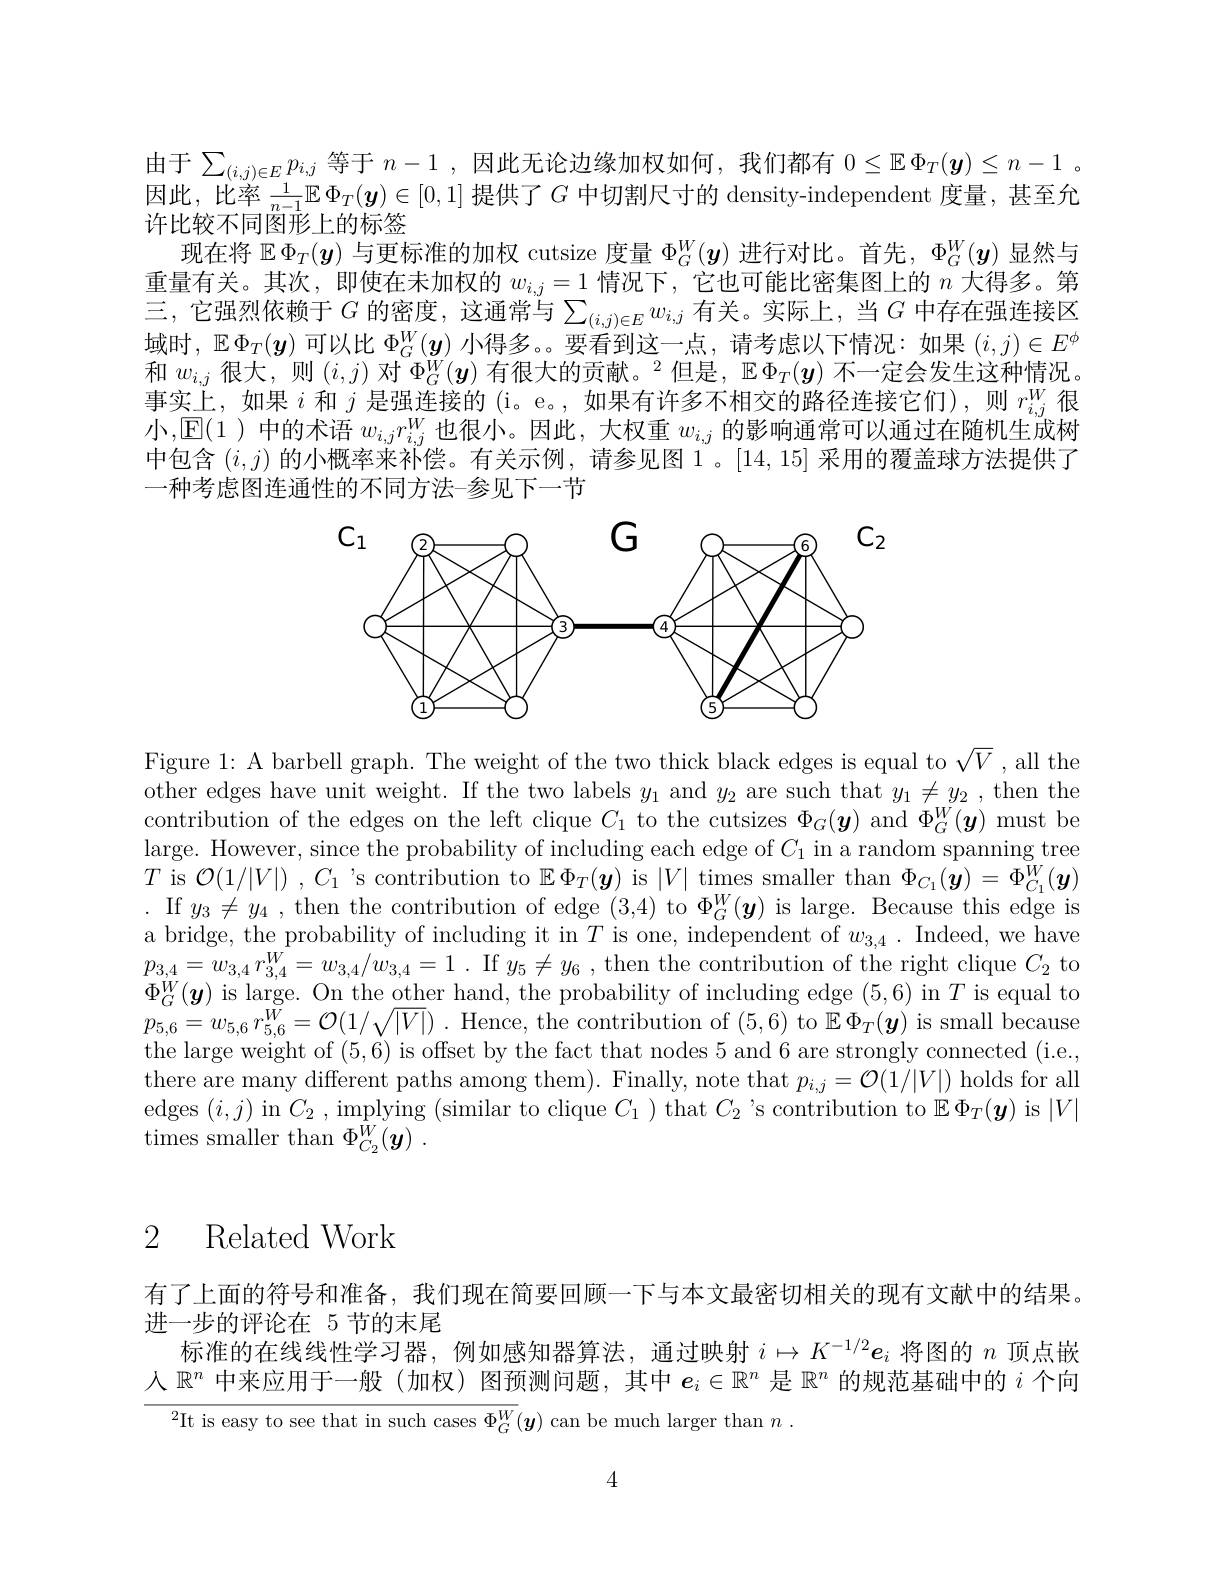
由于$\sum_(i,j)\in Ep_{i,j}$等于$n-1$ ,因此无论边缘加权如何，我们都有$0\leq\mathbb{E}\Phi_T(\boldsymbol{y})\leq n-1$ 。因此，比率$\frac1{n-1}\mathbb{E}\Phi_T(\boldsymbol{y})\in[0,1]$提供了$G$中切割尺寸的 density-independent 度量，甚至允许比较不同图形上的标签
现在将$\mathbb{E}\Phi_T(\boldsymbol{y})$与更标准的加权 cutsize 度量$\Phi_G^W(\boldsymbol{y})$进行对比。首先，$\Phi_G^W(\boldsymbol{y})$显然与重量有关。其次，即使在未加权的$w_i,j=1$情况下，它也可能比密集图上的$n$大得多。第三，它强烈依赖于$G$ 的密度，这通常与$\sum_(i,j)\in Ew_{i,j}$有关。实际上，当$G$ 中存在强连接区域时，$\mathbb{E}\Phi_T(\boldsymbol{y})$可以比$\Phi_G^W(\boldsymbol{y})$小得多。。要看到这一点，请考虑以下情况：如果$(i,j)\in E^\phi$ 和$w_{i,j}$很大，则$(i,j)$对$\Phi_G^W(\boldsymbol{y})$有很大的贡献。$^2$但是，$\mathbb{E}\Phi_T(\boldsymbol{y})$不一定会发生这种情况。事实上，如果$i$和$j$是强连接的(i。e。,如果有许多不相交的路径连接它们),则$r_i,j^W$很小$,\boxed{\mathrm{E}}(1$ )中的术语$w_i,jr_{i,j}^{W}$也很小。因此，大权重$w_i,j$的影响通常可以通过在随机生成树中包含$(i,j)$的小概率来补偿。有关示例，请参见图 1。[14,15]采用的覆盖球方法提供了一种考虑图连通性的不同方法-参见下一节

<FigureHere>

Figure 1: A barbell graph. The weight of the two thick black edges is equal to $\sqrt{V}$ , all the other edges have unit weight. If the two labels $y_1$ and $y_2$ are such that $y_1\neq y_2$, then the contribution of the edges on the left clique $C_1$ to the cutsizes $\Phi_G(\boldsymbol{y})$ and $\Phi_G^W(\boldsymbol{y})$ must be large. However, since the probability of including each edge of $C_1$ in a random spanning tree $T$ is $\mathcal{O} ( 1/ | V| )$ $, C_1$ 's contribution to $\mathbb{E}\Phi_T(\boldsymbol{y})$ is $|V|$ times smaller than $\Phi_C_1(\tilde{\boldsymbol{y}})=\Phi_{C_1}^W(\boldsymbol{y})$ . If $y_3\neq y_4$, then the contribution of edge (3,4) to $\Phi_G^W(\boldsymbol{y})$ is large. Because this edge is a bridge, the probability of including it in $T$ is one, independent of $w_{3,4}.$ Indeed, we have $\begin{array}{l}p_{3,4}=w_{3,4}r_{3,4}^{W}=w_{3,4}/w_{3,4}=1\:.&\mathrm{If~}y_{5}\neq y_{6}\:,&\mathrm{then~the~contribution~of~the~right~clique~}C_{2}\end{array}$to $\Phi_{G}^{W}(\boldsymbol{y})$ is large. On the other hand, the probability of including edge (5,6) in $T$ is equal to $p_{5, 6}= w_{5, 6}r_{5, 6}^{W}= \mathcal{O} ( 1/ \sqrt {| V| })$ .Hence, the contribution of (5,6) to $\mathbb{E}\Phi_T(\boldsymbol{y})$ is small because the large weight of (5,6) is offset by the fact that nodes 5 and 6 are strongly connected (i.e., there are many different paths among them) . Finally, note that $p_{i, j}= \mathcal{O} ( 1/ | V| )$ holds for all edges $(i,j)$ in $C_2,\operatorname*{implying}($similar to clique $C_1)$ that $C_2$ 's contribution to $\mathbb{E}\Phi_T(\boldsymbol{y})$ is $|V|$ times smaller than $\Phi _{C_2}^W( \boldsymbol{y})$ .

# 2 Related Work

有了上面的符号和准备，我们现在简要回顾一下与本文最密切相关的现有文献中的结果
进一步的评论在 5 节的末尾
标准的在线线性学习器，例如感知器算法，通过映射$i\mapsto K^{-1/2}e_i$将图的$n$顶点嵌人$\mathbb{R}^n$中来应用于一般 (加权) 图预测问题，其中$e_i\in\mathbb{R}^n$是$\mathbb{R}^n$的规范基础中的$i$个向${^{2}\mathrm{It~is~easy~to~see~that~in~such~cases~}\Phi_{G}^{W}}(\boldsymbol{y})$ can be much larger than $n.$

4